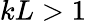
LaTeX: kL>1